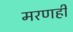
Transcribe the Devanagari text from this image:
मरणही